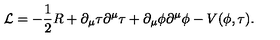
{ \cal { L } } = - \frac { 1 } { 2 } R + \partial _ { \mu } \tau \partial ^ { \mu } \tau + \partial _ { \mu } \phi \partial ^ { \mu } \phi - V ( \phi , \tau ) .